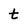
Character: t